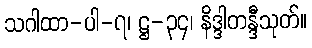
သဂါထာ-ပါ-၇၊ ဋ္ဌ-၃၄၊ နိဒ္ဒါတန္ဒီသုတ်။